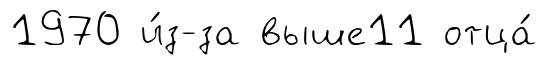
1970 и́з-за выше11 отца́